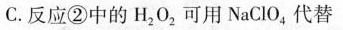
C.反应②中的H_{2}0_{2}可用NaClO_{4}，代替